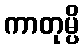
ကာတုမ္ပိ